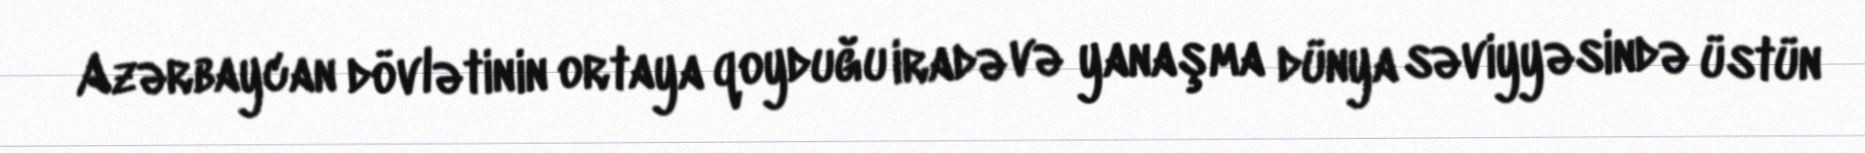
Azərbaycan dövlətinin ortaya qoyduğu iradə və yanaşma dünya səviyyəsində üstün